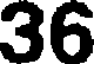
36